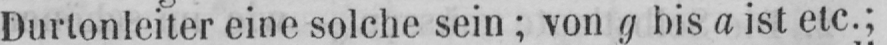
Durtonleiter eine solche sein; von g bis a ist etc.;